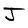
Character: J